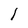
Character: l